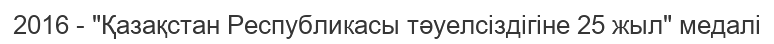
2016 - "Қазақстан Республикасы тәуелсіздігіне 25 жыл" медалі